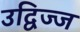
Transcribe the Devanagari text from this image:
उद्विज्ज